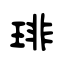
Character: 琲